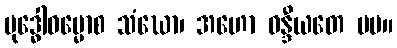
ဗုဒ္ဓေါဓမ္မောစ သံဃော၊ အဟော ဝန္ဒီယတေ မမ။